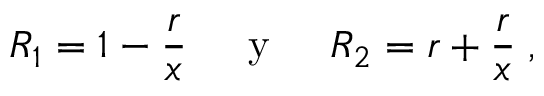
R _ { 1 } = 1 - \frac { r } { x } \; \; \; \; { \mathrm { ~ y ~ } } \; \; \; \; R _ { 2 } = r + \frac { r } { x } \; ,